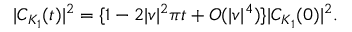
| C _ { K _ { 1 } } ( t ) | ^ { 2 } = \{ 1 - 2 | v | ^ { 2 } \pi t + O ( | v | ^ { 4 } ) \} | C _ { K _ { 1 } } ( 0 ) | ^ { 2 } .